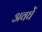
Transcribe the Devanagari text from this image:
अवघें